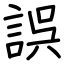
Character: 誤